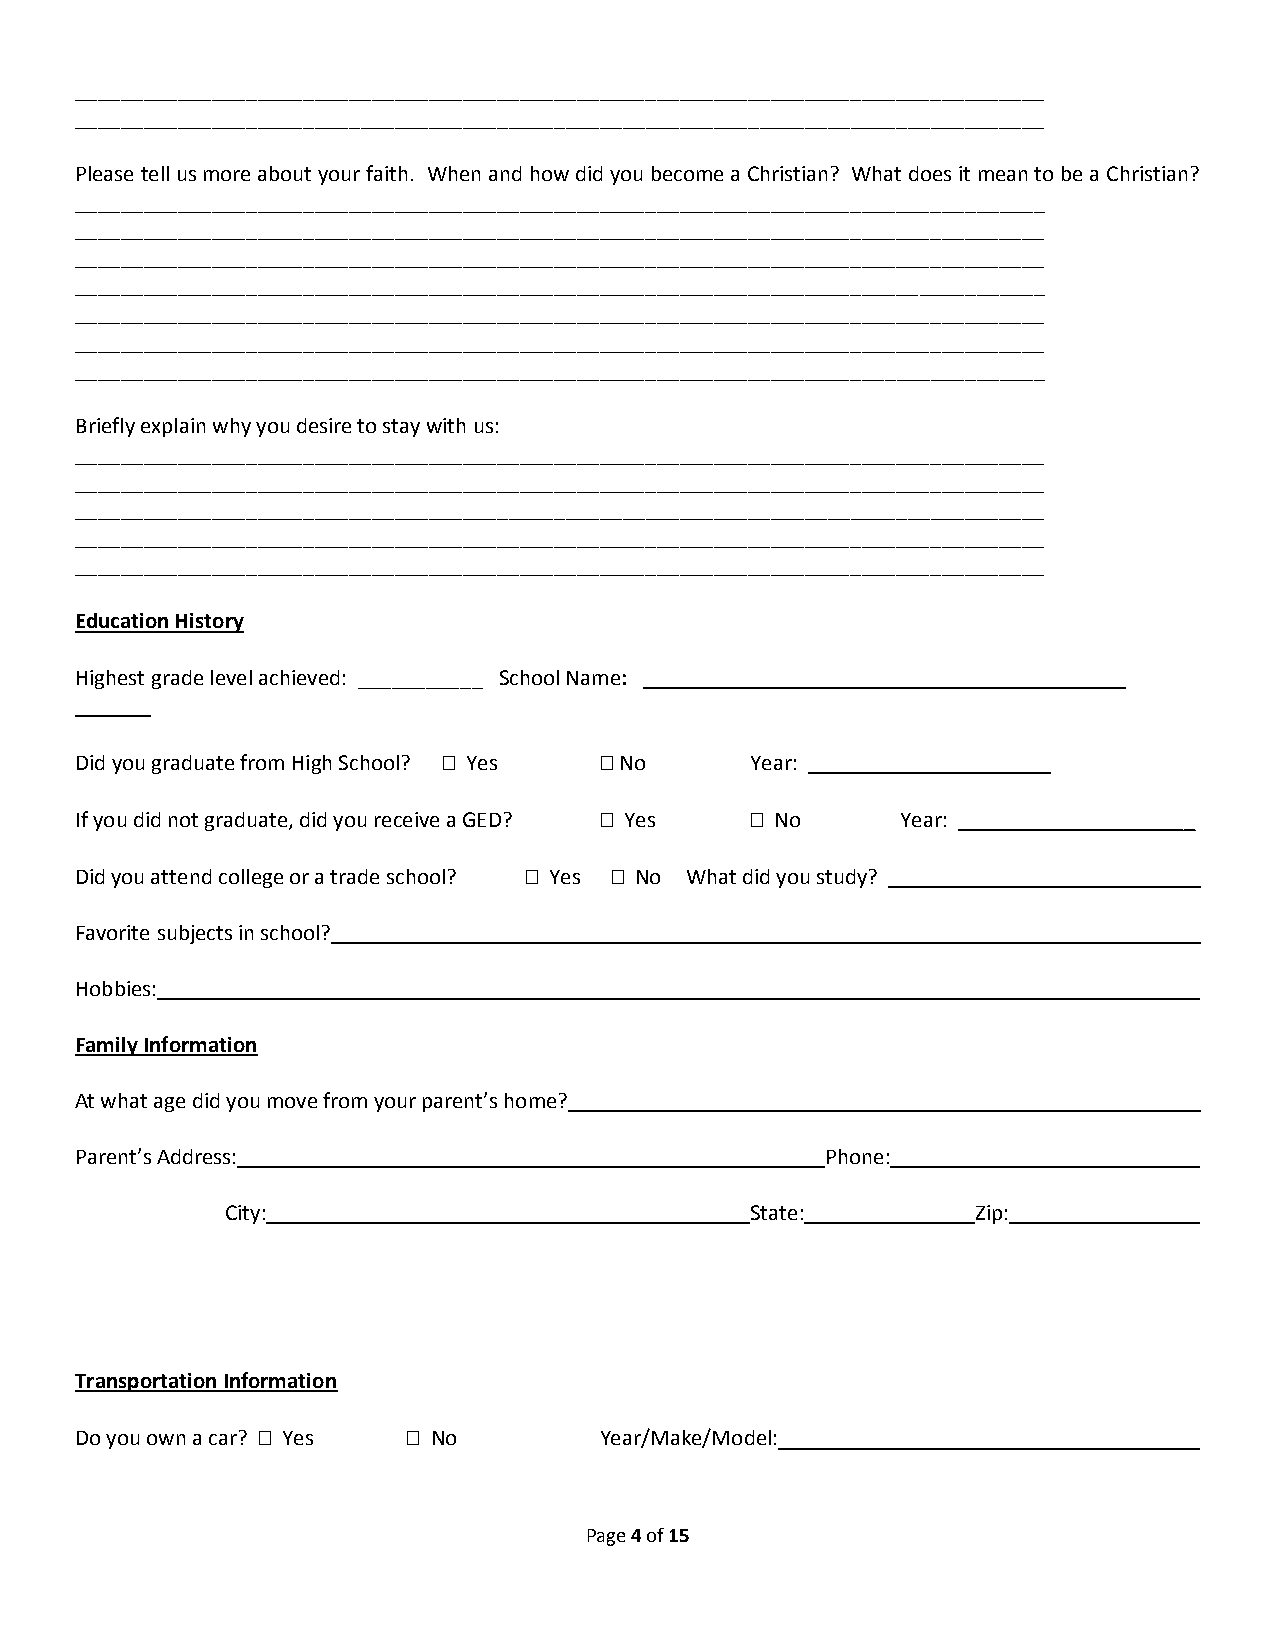
_____________________________________________________________________________________
 _____________________________________________________________________________________
 Please tell us more about your faith. When and how did you become a Christian? What does it mean to be a Christian?
 _____________________________________________________________________________________
 _____________________________________________________________________________________
 _____________________________________________________________________________________
 _____________________________________________________________________________________
 _____________________________________________________________________________________
 _____________________________________________________________________________________
 _____________________________________________________________________________________
 Briefly explain why you desire to stay with us:
 _____________________________________________________________________________________
 _____________________________________________________________________________________
 _____________________________________________________________________________________
 _____________________________________________________________________________________
 _____________________________________________________________________________________
 Education History
 Highest grade level achieved: ___________ School Name:
 Did you graduate from High School?  Yes  No Year:
 If you did not graduate, did you receive a GED?  Yes  No Year:      _____
 Did you attend college or a trade school?  Yes  No What did you study?
 Favorite subjects in school?
 Hobbies:
 Family Information
 At what age did you move from your parent’s home?
 Parent’s Address:                                 Phone:
 City:                              State:         Zip:
 Transportation Information
 Do you own a car?  Yes  No       Year/Make/Model:
 Page 4 of 15